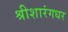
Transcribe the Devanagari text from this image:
श्रीशारंगधर